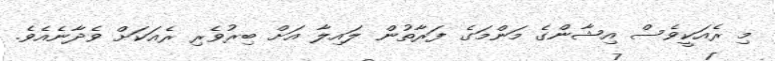
މި ރެއަކީވެސް އިޝާންގެ މަންމަގެ ފަރާތުން ލައިލާ އަށް ބިރުވެރި ރެއަކަށް ވެދާނެއެވެ.